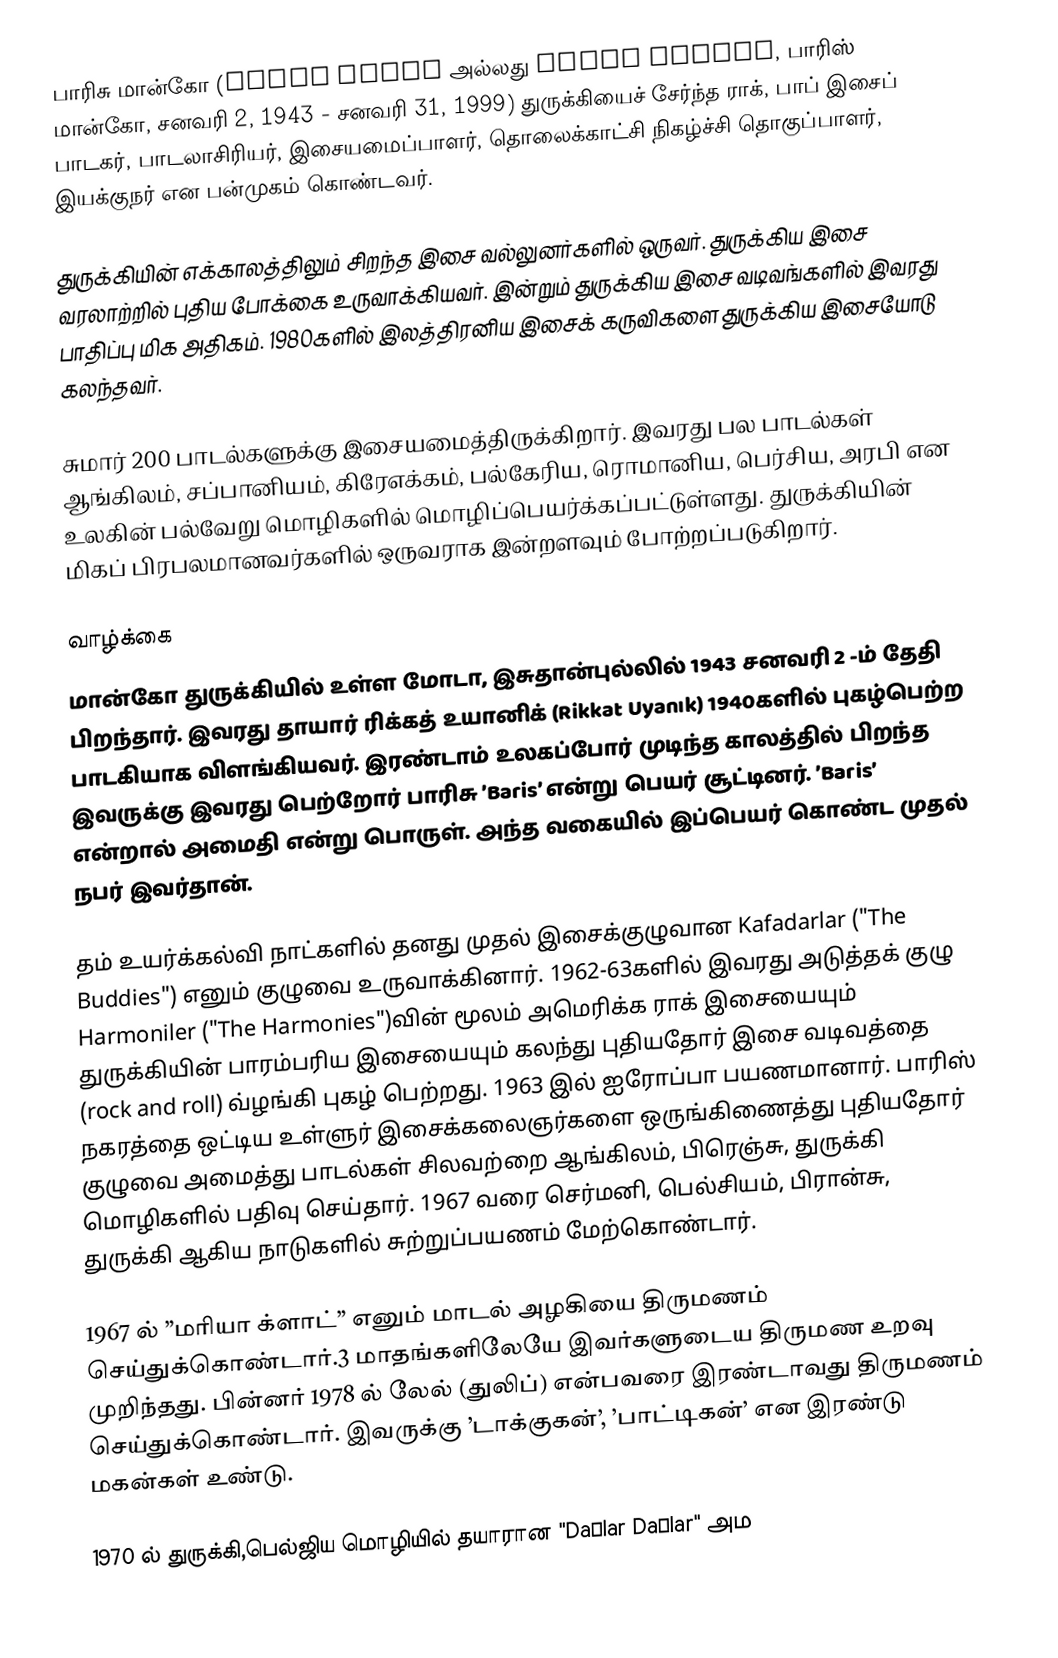
பாரிசு மான்கோ (Barış Manço அல்லது Baris Mancho, பாரிஸ் மான்கோ, சனவரி 2, 1943 - சனவரி 31, 1999) துருக்கியைச் சேர்ந்த ராக், பாப் இசைப் பாடகர், பாடலாசிரியர், இசையமைப்பாளர், தொலைக்காட்சி நிகழ்ச்சி தொகுப்பாளர், இயக்குநர் என பன்முகம் கொண்டவர்.

துருக்கியின் எக்காலத்திலும் சிறந்த இசை வல்லுனர்களில் ஒருவர். துருக்கிய இசை வரலாற்றில் புதிய போக்கை உருவாக்கியவர். இன்றும் துருக்கிய இசை வடிவங்களில் இவரது பாதிப்பு மிக அதிகம். 1980களில் இலத்திரனிய இசைக் கருவிகளை துருக்கிய இசையோடு கலந்தவர்.

சுமார் 200 பாடல்களுக்கு இசையமைத்திருக்கிறார். இவரது பல பாடல்கள் ஆங்கிலம், சப்பானியம், கிரேஎக்கம், பல்கேரிய, ரொமானிய, பெர்சிய, அரபி என உலகின் பல்வேறு மொழிகளில் மொழிப்பெயர்க்கப்பட்டுள்ளது. துருக்கியின் மிகப் பிரபலமானவர்களில் ஒருவராக இன்றளவும் போற்றப்படுகிறார்.

வாழ்க்கை
மான்கோ துருக்கியில் உள்ள மோடா, இசுதான்புல்லில் 1943 சனவரி 2 -ம் தேதி பிறந்தார். இவரது தாயார் ரிக்கத் உயானிக் (Rikkat Uyanık) 1940களில் புகழ்பெற்ற பாடகியாக விளங்கியவர். இரண்டாம் உலகப்போர் முடிந்த காலத்தில் பிறந்த இவருக்கு இவரது பெற்றோர் பாரிசு ’Baris’ என்று பெயர் சூட்டினர். ’Baris’ என்றால் அமைதி என்று பொருள். அந்த வகையில் இப்பெயர் கொண்ட முதல் நபர் இவர்தான்.

தம் உயர்க்கல்வி நாட்களில் தனது முதல் இசைக்குழுவான Kafadarlar ("The Buddies") எனும் குழுவை உருவாக்கினார். 1962-63களில் இவரது அடுத்தக் குழு Harmoniler ("The Harmonies")வின் மூலம் அமெரிக்க ராக் இசையையும் துருக்கியின் பாரம்பரிய இசையையும் கலந்து புதியதோர் இசை வடிவத்தை (rock and roll) வ்ழங்கி புகழ் பெற்றது. 1963 இல் ஐரோப்பா பயணமானார். பாரிஸ் நகரத்தை ஒட்டிய உள்ளுர் இசைக்கலைஞர்களை ஒருங்கிணைத்து புதியதோர் குழுவை அமைத்து பாடல்கள் சிலவற்றை ஆங்கிலம், பிரெஞ்சு, துருக்கி மொழிகளில் பதிவு செய்தார். 1967 வரை செர்மனி, பெல்சியம், பிரான்சு, துருக்கி ஆகிய நாடுகளில் சுற்றுப்பயணம் மேற்கொண்டார்.

1967 ல் ”மரியா க்ளாட்” எனும் மாடல் அழகியை திருமணம் செய்துக்கொண்டார்.3 மாதங்களிலேயே இவர்களுடைய திருமண உறவு முறிந்தது. பின்னர் 1978 ல் லேல் (துலிப்) என்பவரை இரண்டாவது திருமணம் செய்துக்கொண்டார். இவருக்கு ’டாக்குகன்’, ’பாட்டிகன்’ என இரண்டு மகன்கள் உண்டு.

1970 ல் துருக்கி,பெல்ஜிய மொழியில் தயாரான "Dağlar Dağlar" அம